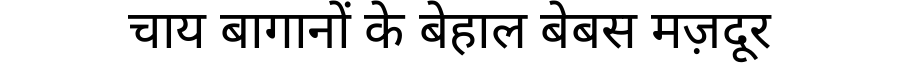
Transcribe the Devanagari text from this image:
चाय बागानों के बेहाल बेबस मज़दूर